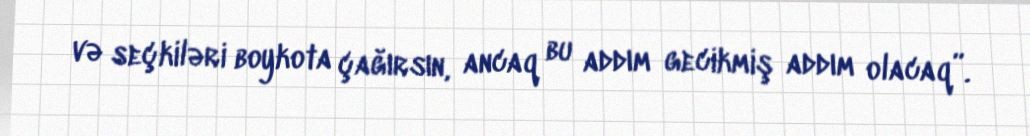
və seçkiləri boykota çağırsın, ancaq bu addım gecikmiş addım olacaq”.